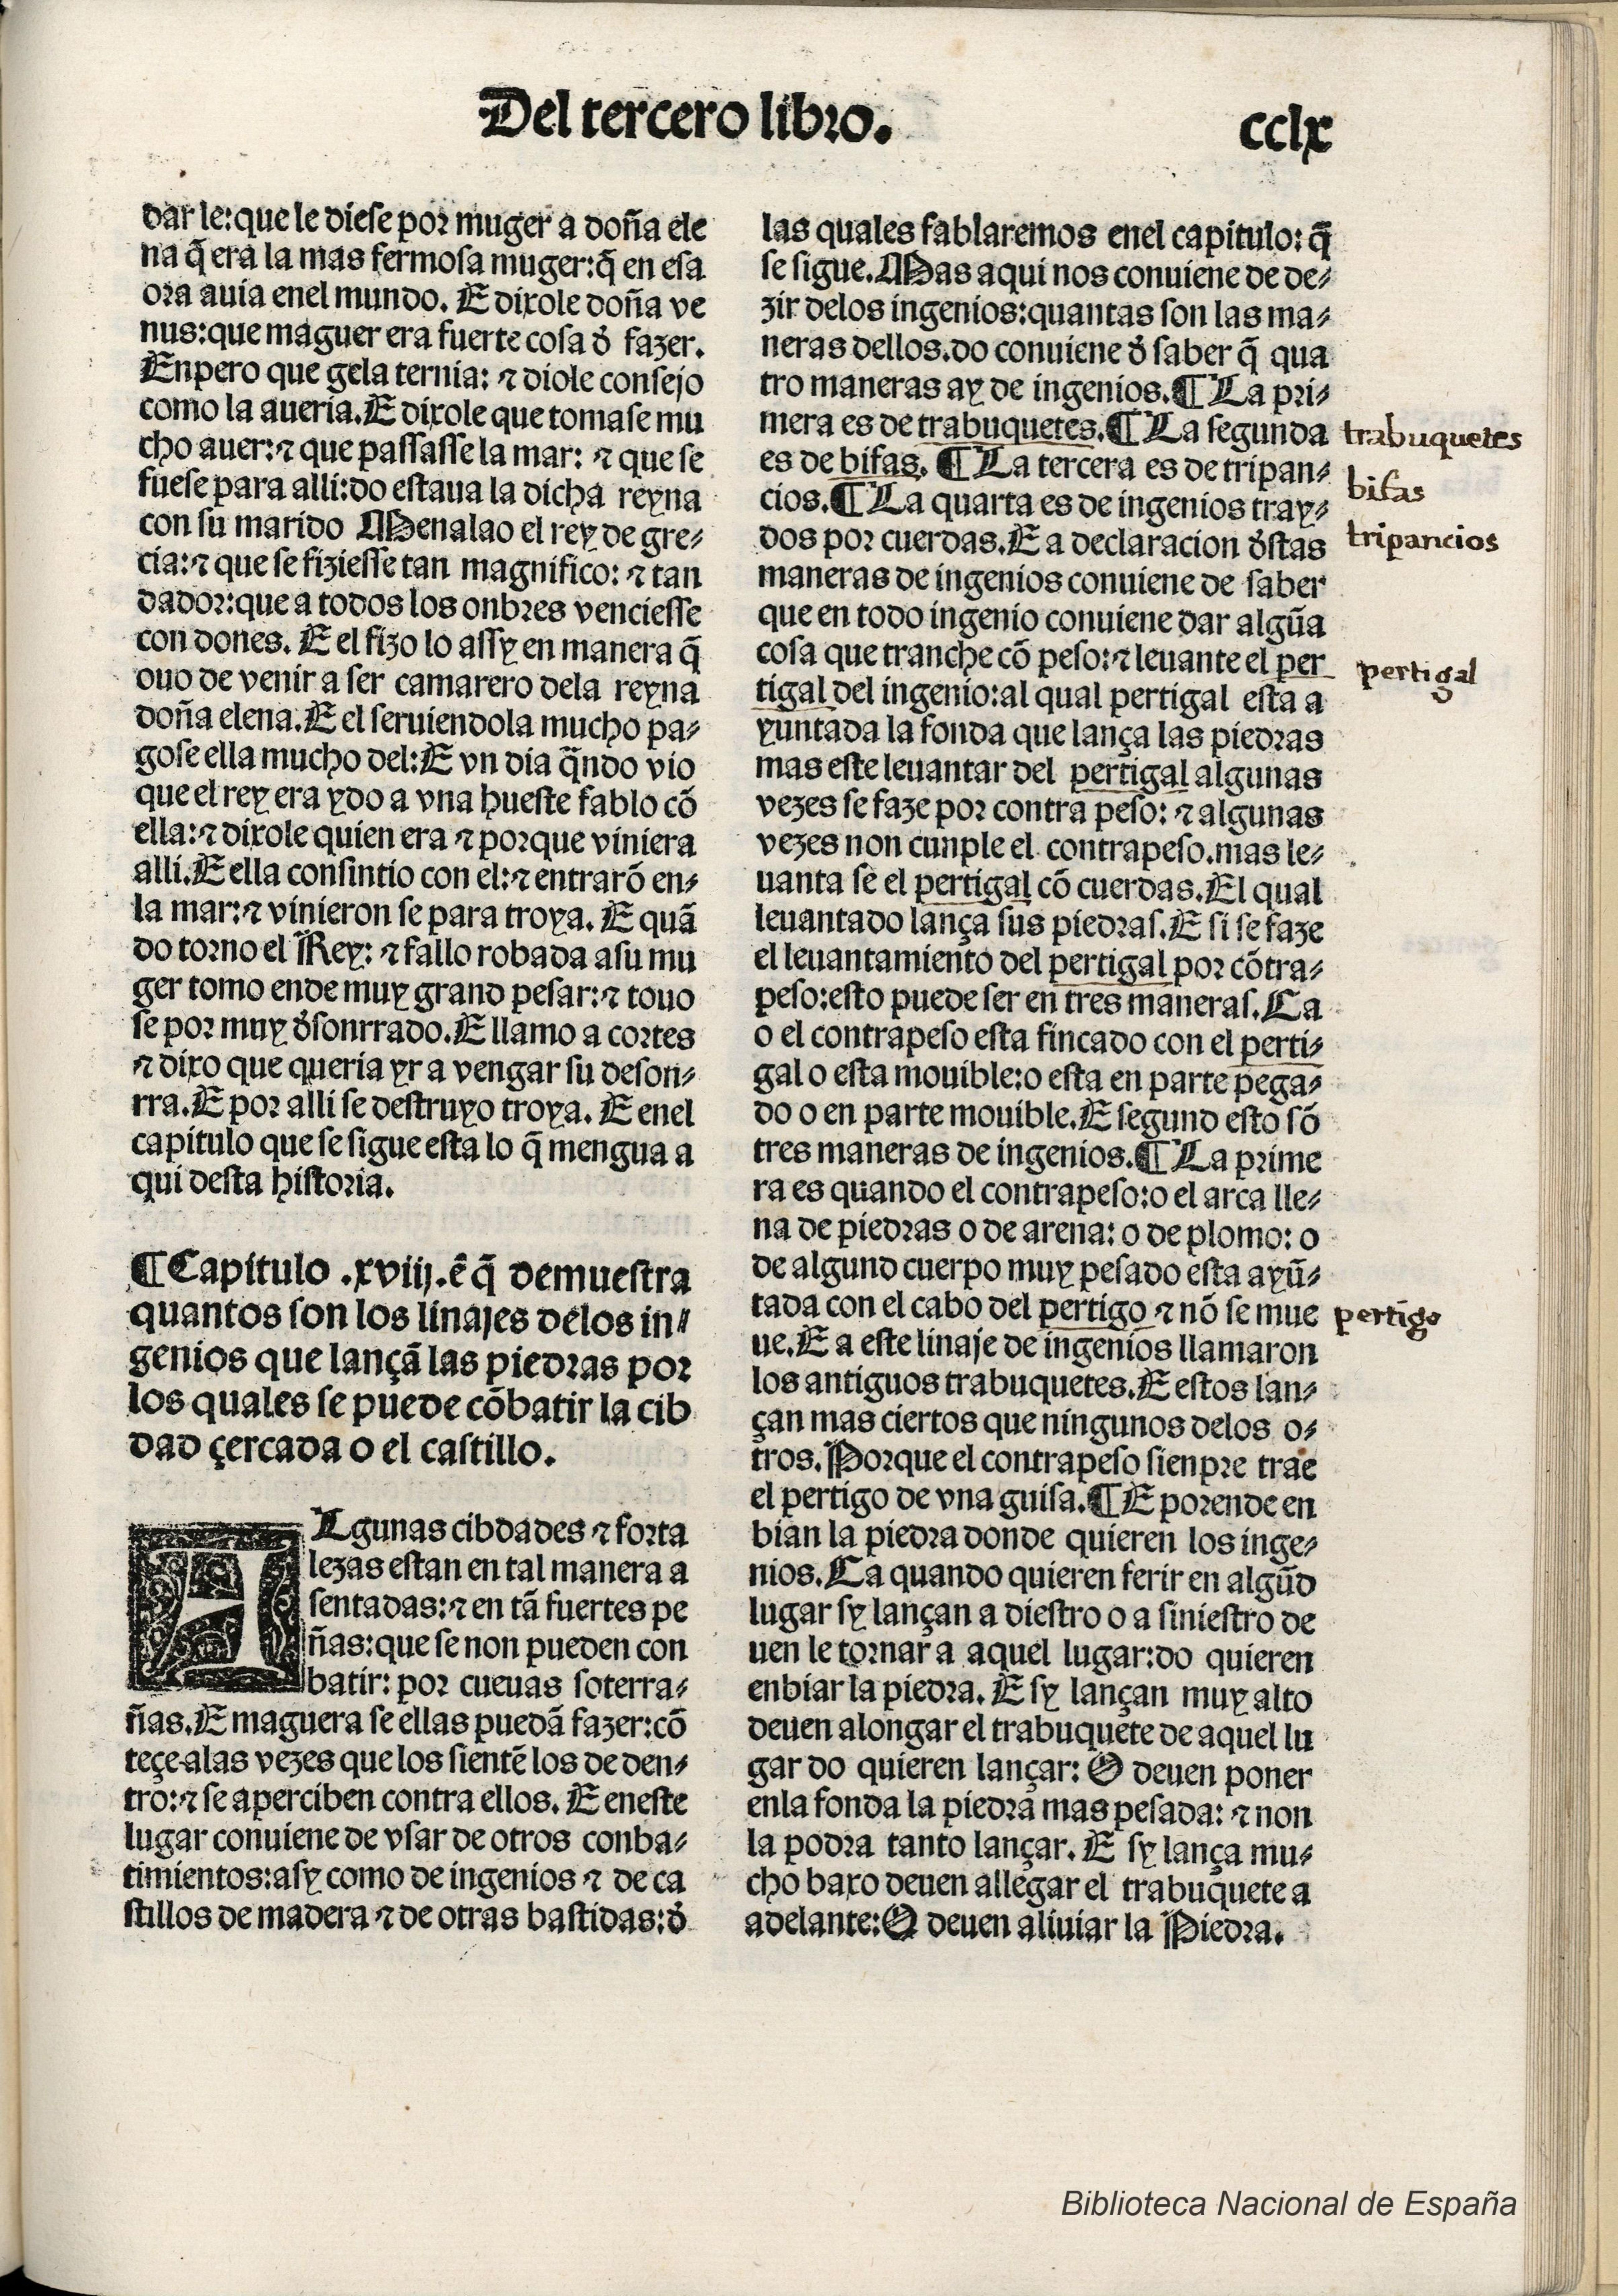
Shelfmark: Madrid, BNE, Inc. 901
Century: 15